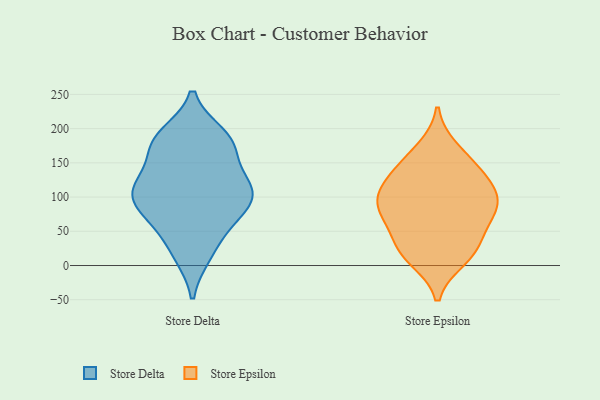
{"axis": {"x": "Inventory Turnover", "y": "Value"}, "legend": ["Store Delta", "Store Epsilon"], "data": [{"x": "", "y": 156, "type": "Store Delta"}, {"x": "", "y": 112, "type": "Store Delta"}, {"x": "", "y": 17, "type": "Store Delta"}, {"x": "", "y": 190, "type": "Store Delta"}, {"x": "", "y": 113, "type": "Store Delta"}, {"x": "", "y": 174, "type": "Store Delta"}, {"x": "", "y": 53, "type": "Store Delta"}, {"x": "", "y": 95, "type": "Store Delta"}, {"x": "", "y": 102, "type": "Store Delta"}, {"x": "", "y": 88, "type": "Store Delta"}, {"x": "", "y": 180, "type": "Store Delta"}, {"x": "", "y": 109, "type": "Store Delta"}, {"x": "", "y": 16, "type": "Store Delta"}, {"x": "", "y": 72, "type": "Store Delta"}, {"x": "", "y": 182, "type": "Store Delta"}, {"x": "", "y": 117, "type": "Store Delta"}, {"x": "", "y": 64, "type": "Store Delta"}, {"x": "", "y": 120, "type": "Store Delta"}, {"x": "", "y": 186, "type": "Store Delta"}, {"x": "", "y": 170, "type": "Store Epsilon"}, {"x": "", "y": 27, "type": "Store Epsilon"}, {"x": "", "y": 30, "type": "Store Epsilon"}, {"x": "", "y": 134, "type": "Store Epsilon"}, {"x": "", "y": 72, "type": "Store Epsilon"}, {"x": "", "y": 109, "type": "Store Epsilon"}, {"x": "", "y": 10, "type": "Store Epsilon"}, {"x": "", "y": 70, "type": "Store Epsilon"}, {"x": "", "y": 151, "type": "Store Epsilon"}, {"x": "", "y": 98, "type": "Store Epsilon"}, {"x": "", "y": 72, "type": "Store Epsilon"}, {"x": "", "y": 94, "type": "Store Epsilon"}, {"x": "", "y": 132, "type": "Store Epsilon"}, {"x": "", "y": 18, "type": "Store Epsilon"}, {"x": "", "y": 99, "type": "Store Epsilon"}]}